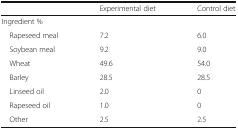
<table><thead><tr><td></td><td><b>Experimental diet</b></td><td><b>Control diet</b></td></tr></thead><tbody><tr><td colspan="3">Ingredient %</td></tr><tr><td> Rapeseed meal</td><td>7.2</td><td>6.0</td></tr><tr><td> Soybean meal</td><td>9.2</td><td>9.0</td></tr><tr><td> Wheat</td><td>49.6</td><td>54.0</td></tr><tr><td> Barley</td><td>28.5</td><td>28.5</td></tr><tr><td> Linseed oil</td><td>2.0</td><td>0</td></tr><tr><td> Rapeseed oil</td><td>1.0</td><td>0</td></tr><tr><td> Other</td><td>2.5</td><td>2.5</td></tr></tbody></table>